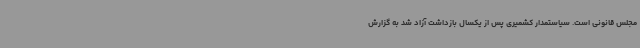
مجلس قانونی است. سیاستمدار کشمیری پس از یکسال بازداشت آزاد شد به گزارش